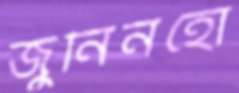
জুনিনহো